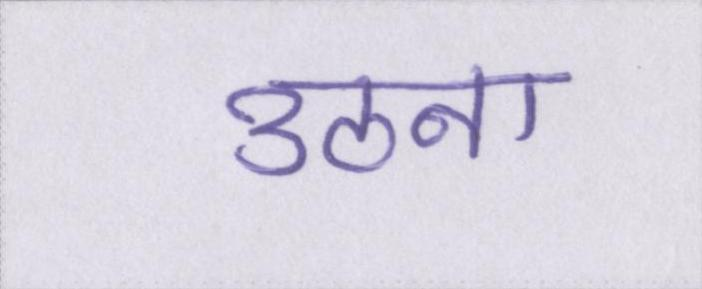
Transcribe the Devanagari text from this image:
उठना